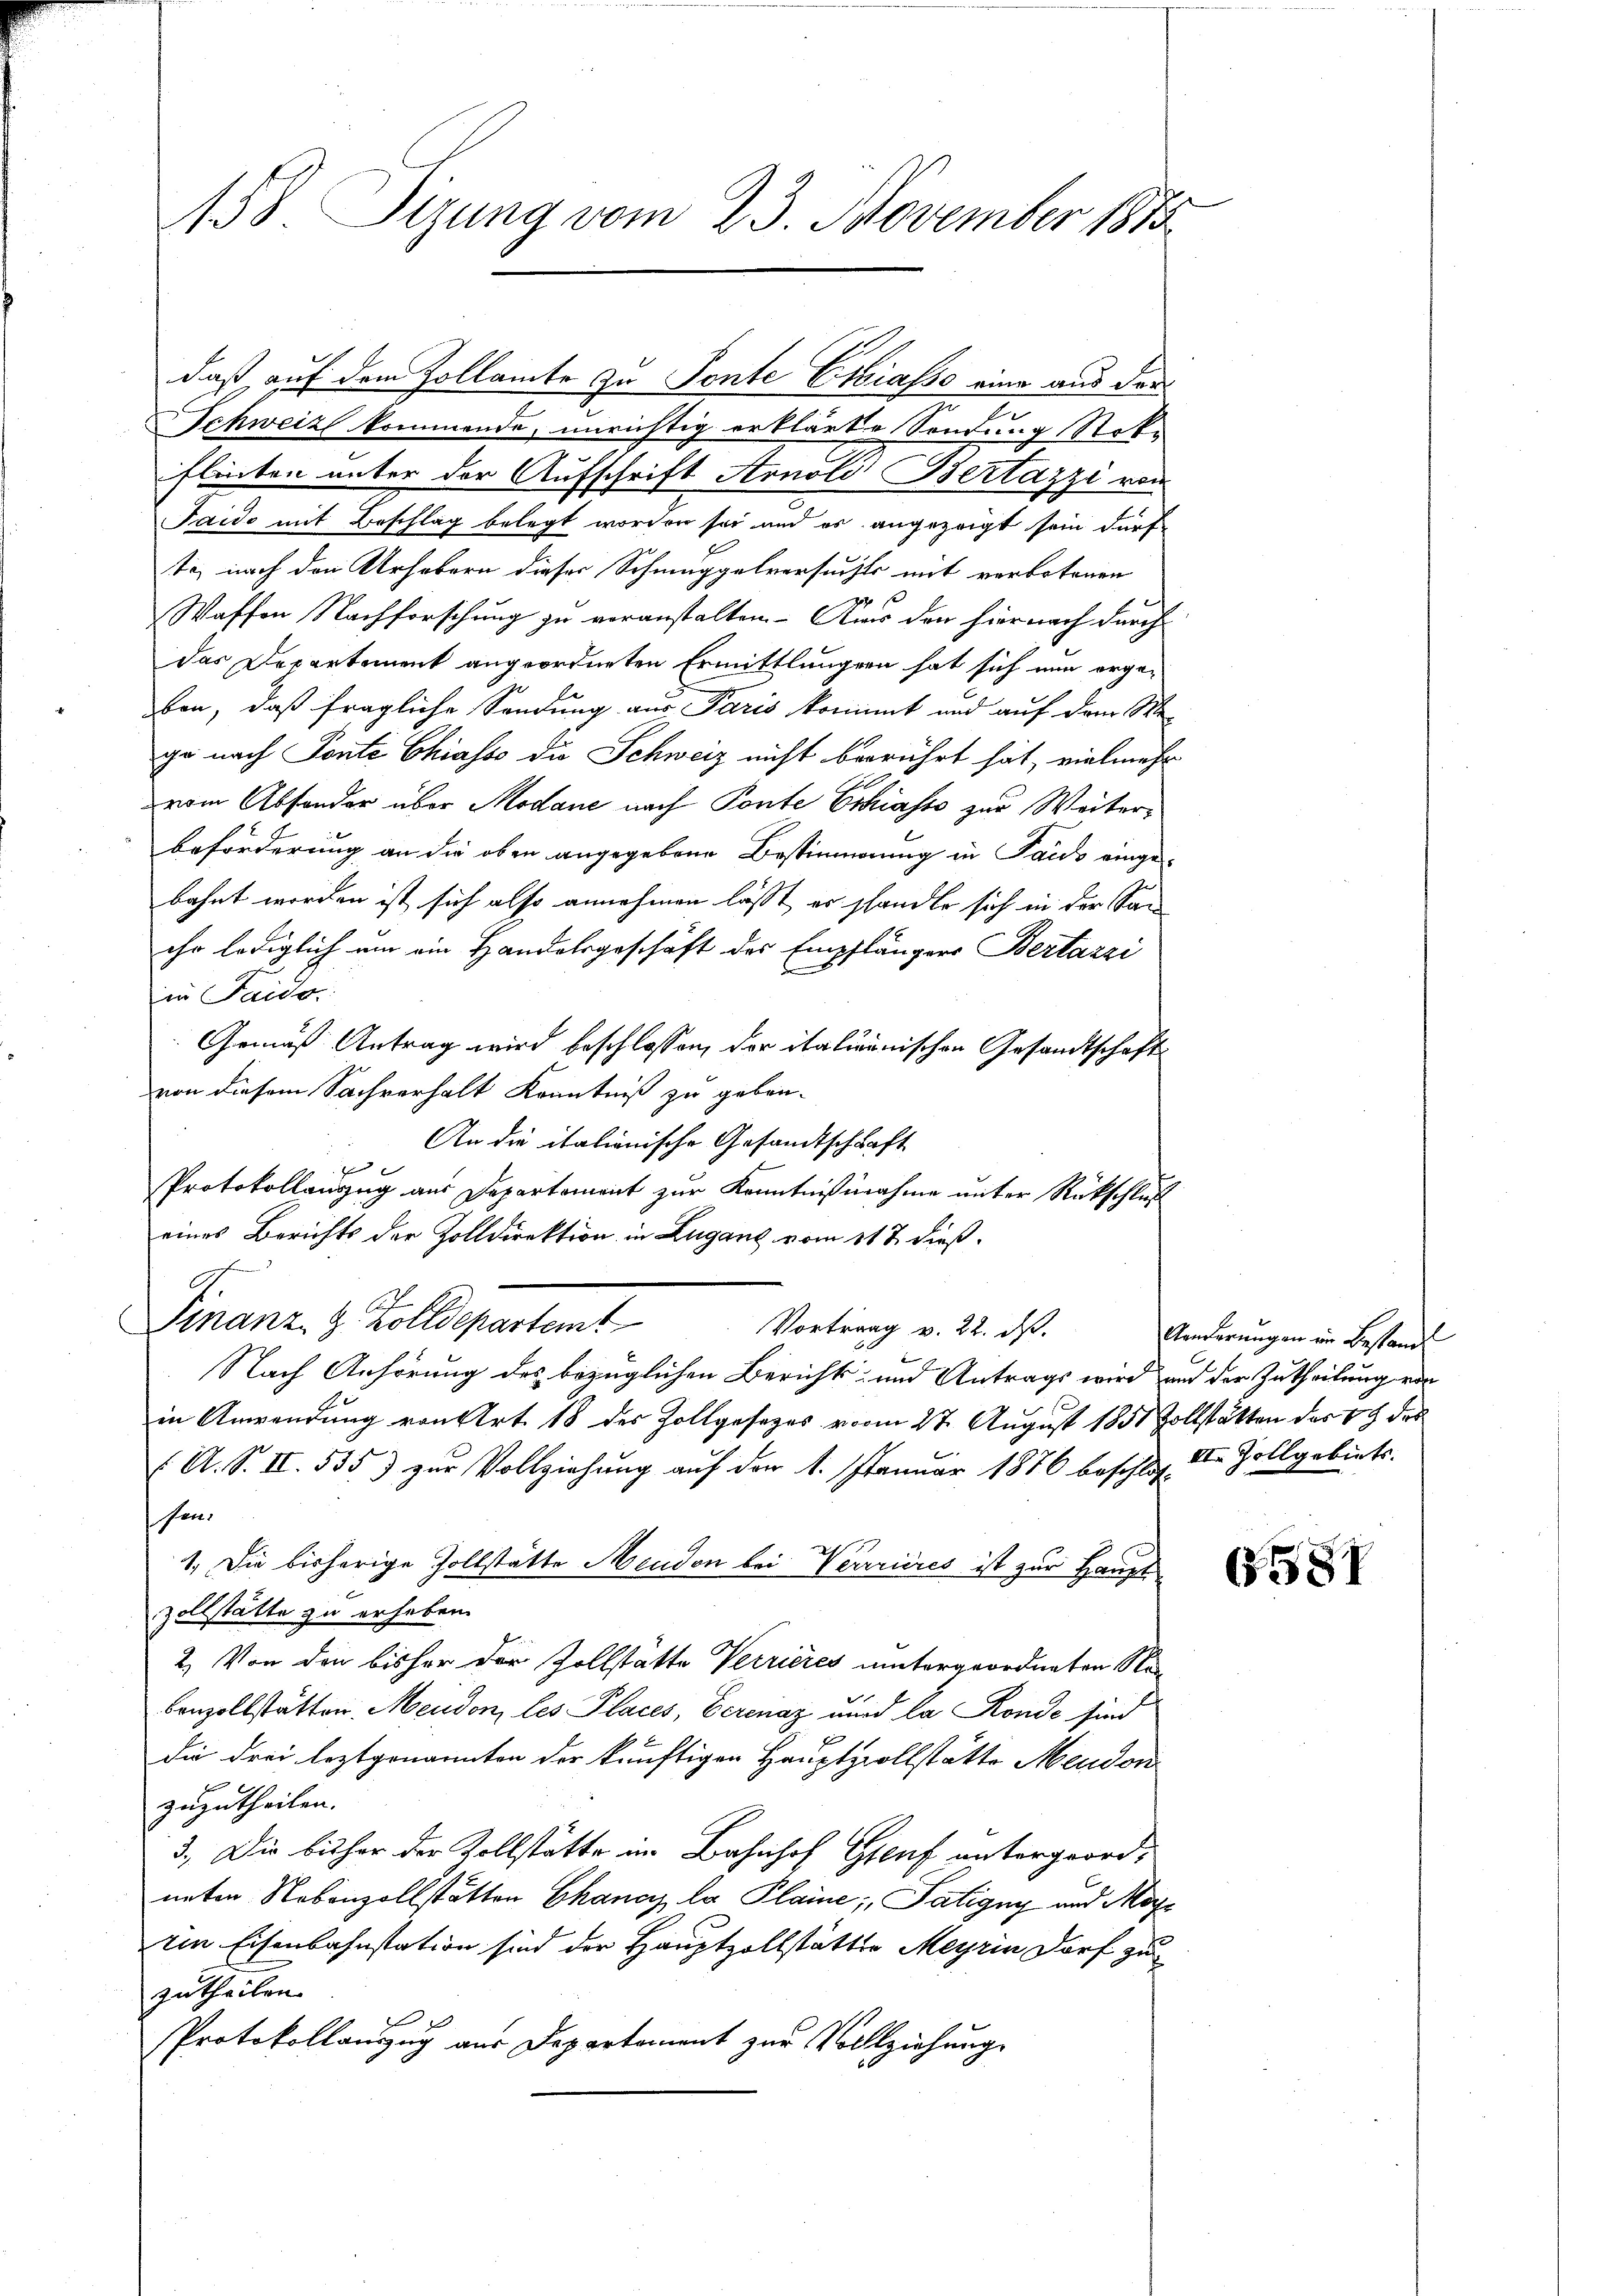
158. Sizung vom 23. November 1873

daß auf dem Zollamte zu Ponte Eliasso eine aus der
Schweiz kommende, unrichtig erklärte Sendung Stok-
flinten unter der Aufschrift Arnold Bertazzi von
Taido mit Beschlag belegt worden sei und es angezeigt sein dürf
ti, nach den Urhebern dieser Schmuggelversuchts mit verbotenen
Waffen Nachforschung zu veranstalten. - Aus den hiernach durch
das Departement angeordneten Ermittlängern hat sich nun ergeben, daß fragliche Sendung aus Paris kommt und auf dem We-
ge nach Ponte Chiasso die Schweiz nicht berührt hat, vielmehr
vom Absonder über Modane nach Ponte Ethiasso zur Weiterbeförderung an die oben angegebene Bestimmung in Paus eingebahnt worden ist sich also annehmen lässt, er shandle sich in der Sanihr lediglich um ein Handelsgeschäft des Empflängers Bertazzi
d
in Faido.
Gemäß Antrag wird beschlossen, der italiänischen Gesandtschafts
von diesem Sachverhalt Kenntniß zu geben.
An die italionische Gesandtschaft
e
Protokollanzug aus Departement zur Kenntnißnahme unter Rückschluß
eines Berichts der Zolldirektion in Luganz vom 31 t dieß.
Ah.
Finanz- & Zolldepartem
Vortrag v. 22. ds.
Nach Anhörung des bezüglichen Berichts- und Antrags wird, und der Zutheilung von

in Anwendung von Art. 18 des Zollgesezes vom 27. August 1851 Zollstätten der 19 des
( A. S. II 535) zur Vollziehung auf den 1. Januar 1876 beschlos II Zollgebiete.
sen.
1. Die bisherige Zollstätte Mendon bei Verrrières ist zur Haupt
zollstätte zu erheben.
2. Von den bisher der Zollstätte Verrieres untergeordneten Na¬
Cenzollstätten, Mendon, les Places, Eerenaz und la Rondé sind
die drei leztgenannten der künftigen Hauptzollstätte Mendon
zuzutheilen.
3. Die bisher der Zollstätte im Bahnhof Genf untergeordnnten Nebenzollstätten Chanc la Plaine; Patigny und Morein Eisenbahnstation sind der Hauptzollstättte Meyrin Dorf zu
zutheilen.
Protokollanzug aus Departement zur Vollziehung

Arderungen in Bestand

6581